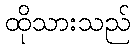
ထိုသားသည်